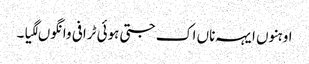
اوہنوں ایہہ ناں اک جتی ہوئی ٹرافی وانگوں لگیا۔